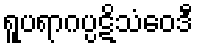
ရူပရာဂပ္ပဋိသံဝေဒီ